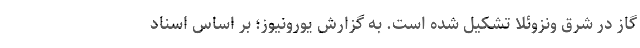
گاز در شرق ونزوئلا تشکیل شده است. به گزارش یورونیوز؛ بر اساس اسناد